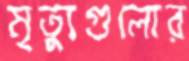
মৃত্যুগুলোর